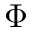
\Phi